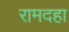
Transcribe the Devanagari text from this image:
रामदहा